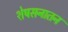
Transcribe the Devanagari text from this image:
शेषसनातन